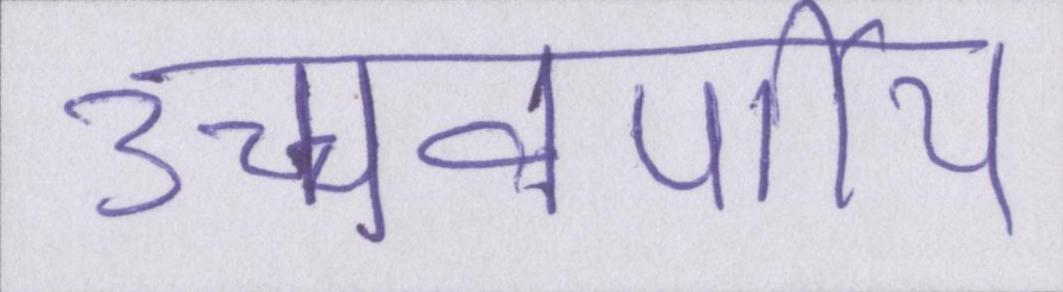
उच्चवर्णीय